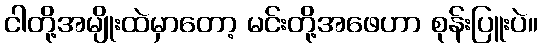
ငါတို့အမျိုးထဲမှာတော့ မင်းတို့အဖေဟာ စုန်းပြူးပဲ။